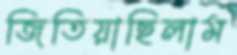
জিতিয়াছিলাম